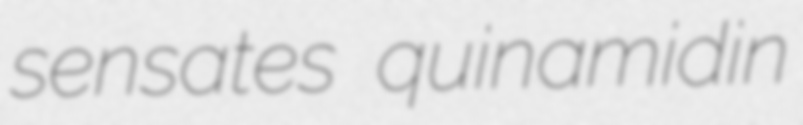
sensates quinamidin